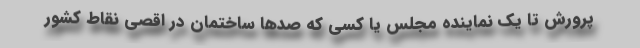
پرورش تا یک نماینده مجلس یا کسی که صدها ساختمان در اقصی نقاط کشور